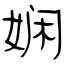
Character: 娴